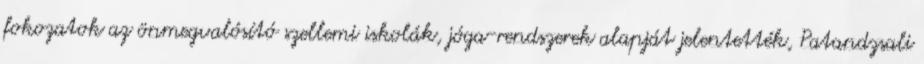
fokozatok az önmegvalósító szellemi iskolák, jóga-rendszerek alapját jelentették, Patandzsali